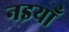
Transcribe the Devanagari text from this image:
नइयाँ